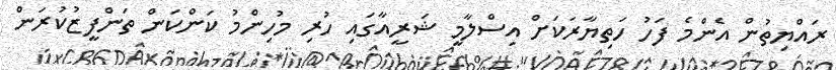
ރައްޔިތުން އެންމެ ފަހު ހަތިޔާރަކަށް އިސްލާމީ ޝަރީއާގައި ހުރި މުހިންމު ކަންކަން ތަންފީޒުކުރަން